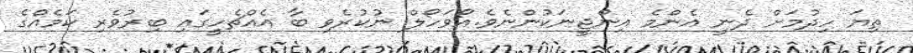
ތިޔަ ހިދުމަށް ދެނީ އެންމެ އިންޖީނަކުންނެވެ.އޯވަހޯލް ނުކުރެވި ބާ އެއްޗެހީގައި ބިރުވެރި ކަމެއްގެ